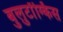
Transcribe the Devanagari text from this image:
बुलुटॉंग्किस